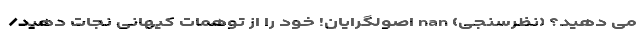
می دهید؟ (نظرسنجی) nan اصولگرایان! خود را از توهمات کیهانی نجات دهید/